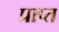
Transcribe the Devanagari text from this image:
प्राप्त